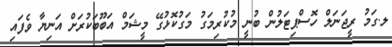
ލ.ގަމު ރީޖަނަލް ހޮސްޕިޓަލުން ބުނީ މުކުރިމަގު މަގުކޮޅުގޭ މީޝަމް އަބޫބަކުރަށް އަނިޔާ ވެފައި